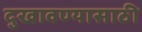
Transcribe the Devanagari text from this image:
दुखावण्यासाठी